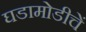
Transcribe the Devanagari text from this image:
घडामोडीचें